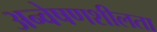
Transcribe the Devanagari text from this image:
अन्वेषणशीलता